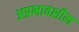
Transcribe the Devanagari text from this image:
अप्रभावशील